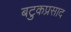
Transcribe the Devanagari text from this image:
बटुकप्रसाद